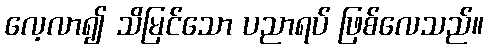
လေ့လာ၍ သိမြင်သော ပညာရပ် ဖြစ်လေသည်။